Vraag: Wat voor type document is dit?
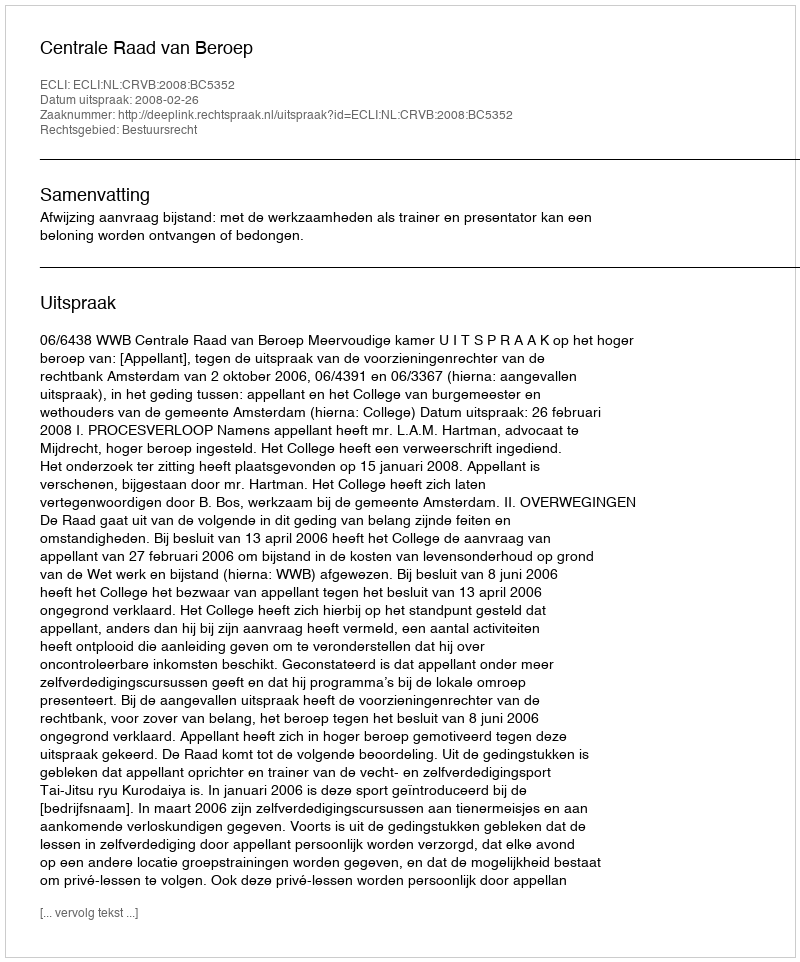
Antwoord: Uitspraak